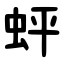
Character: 蚲